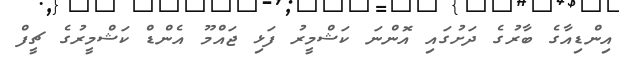
އިންޑިއާގެ ބާރުގެ ދަށުގައި އޮންނަ ކަޝްމީރު ފަޅި ޖައްމޫ އެންޑް ކަޝްމީރުގެ ޗީފް